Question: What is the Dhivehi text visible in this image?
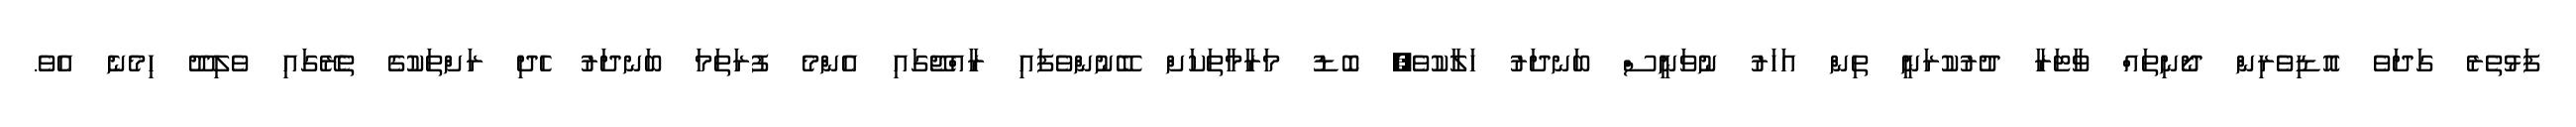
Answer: ފަޅުތެރެ ގަދަވެ އޮޑިވެރިން ދޯނިތައް ވާޓަރާ ދުރުކުރަނީ ތިން އަހަރު ނުވަނީސް ބަނދަރު ހަލާކުވެ, ބޮޑު މަރާމާތަކަށް ބޭނުންވެފައި ރާއްޖޭގައި އެންމެ ފުރަތަމަ ބަނދަރު ހެދި ރަށްތަކުގެ ތެރޭގައި ވެލިދޫ ހިމެނެ އެވެ.